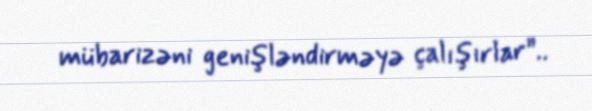
mübarizəni genişləndirməyə çalışırlar”..